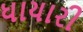
ધાયારી